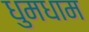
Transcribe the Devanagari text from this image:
धुमधाम